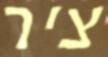
ציר